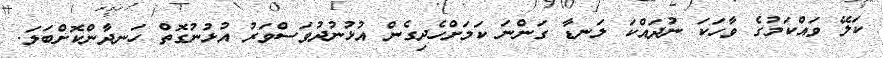
ކަލޭ ވައްކަމުގެ ވާހަކަ ނުދައްކަ ލަނޑާ ގަންނަ ކަމަށްހެދިގެން އުޅުނުދުވަސްވަރު އުޅުނުގޮތް ހަނދާންކޮށްބަލަ.